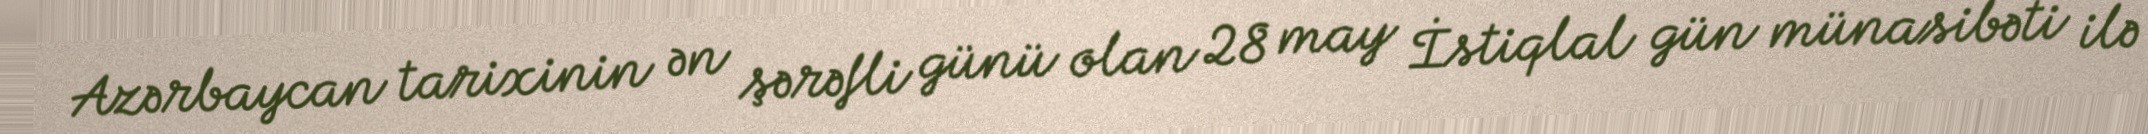
Azərbaycan tarixinin ən şərəfli günü olan 28 may İstiqlal gün münasibəti ilə